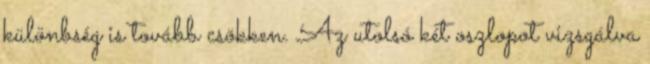
különbség is tovább csökken. Az utolsó két oszlopot vizsgálva